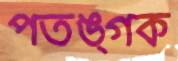
পতঙ্গক